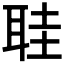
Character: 𮶒